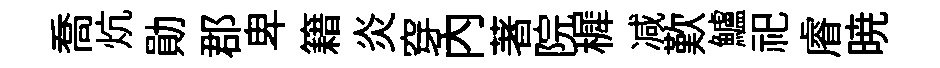
喬炕勛郡卑籍炎穿內著院穉减歎鱸祀𥈠暁